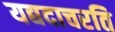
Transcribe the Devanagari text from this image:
यद्यदाचरति